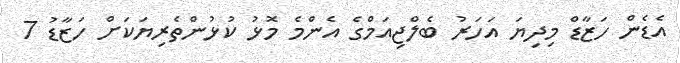
އެޑެން ހަޒާޑް މިދިޔަ އަހަރު ބެލްޖިއަމްގެ އެންމެ މޮޅު ކުޅުންތެރިޔަކަށް ހަޒާޑު 7